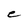
Character: e